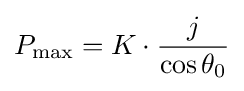
P_{\max }=K\cdot {\frac {j}{\cos \theta _{0}}}